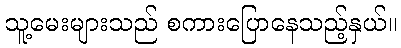
သူ့မေးများသည် စကားပြောနေသည့်နှယ်။